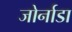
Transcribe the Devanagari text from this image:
जोर्नाडा